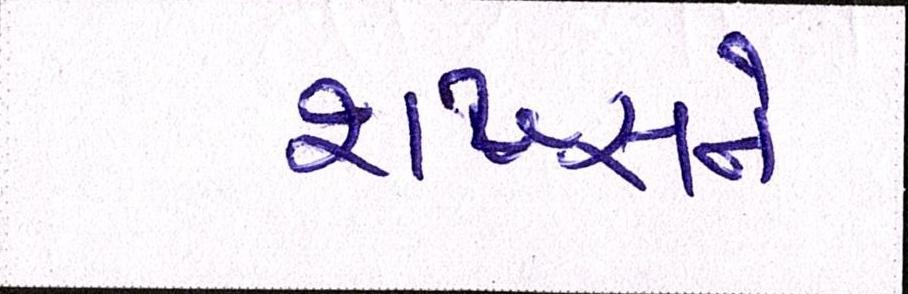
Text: શખ્સને